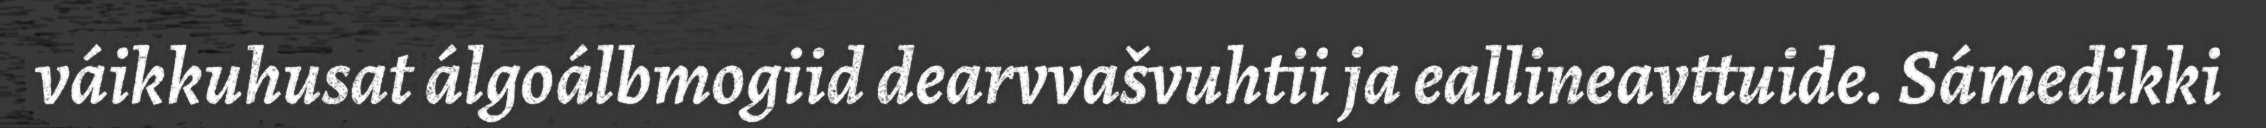
váikkuhusat álgoálbmogiid dearvvašvuhtii ja eallineavttuide. Sámedikki